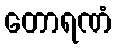
တောရဏံ